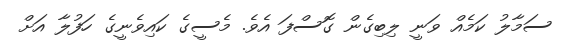
ސަމާލު ކަމެއް ވަނީ ލިބިގެން ގޮސްފަ އެވެ. މެސީގެ ކައިވެނީގެ ހަފުލާ އަށް